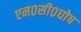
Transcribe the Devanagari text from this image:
एन०सी०घोष